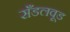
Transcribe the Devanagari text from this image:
सँडलवूड